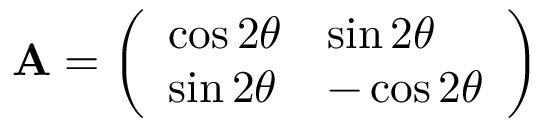
\mathbf { A } = { \left( \begin{array} { l l } { \cos { 2 \theta } } & { \sin { 2 \theta } } \\ { \sin { 2 \theta } } & { - \cos { 2 \theta } } \end{array} \right) }